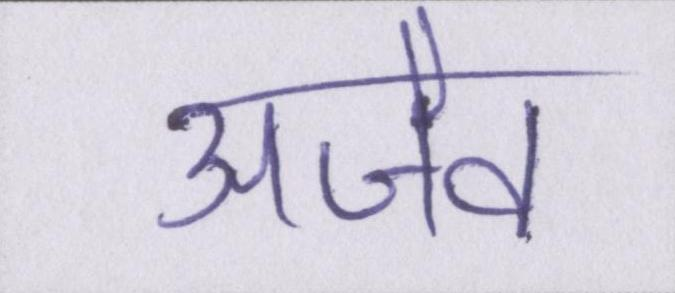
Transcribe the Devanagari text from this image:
अजैव